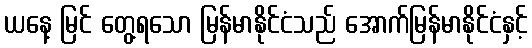
ယနေ့ မြင် တွေ့ရသော မြန်မာနိုင်ငံသည် အောက်မြန်မာနိုင်ငံနှင့်